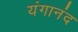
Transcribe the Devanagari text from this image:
यंगानंद